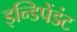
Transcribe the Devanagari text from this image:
इन्डिपेंडंट